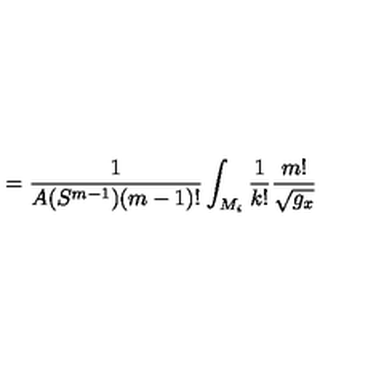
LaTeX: = \frac 1 { A ( S ^ { m - 1 } ) ( m - 1 ) ! } \int _ { M _ { i } } \frac 1 { k ! } \frac { m ! } { \sqrt { g _ { x } } }